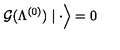
\left. { \cal G } ( \Lambda ^ { ( 0 ) } ) \mid \cdot \right\rangle = 0